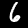
Digit: 6